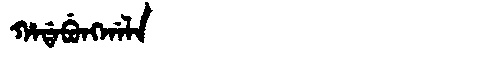
Manchu: ᡥᠠᡩᠠᠪᡠᠩᡤᠠᠯᠠ
Romanization: HADABUNGGALA